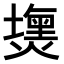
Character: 𤐈